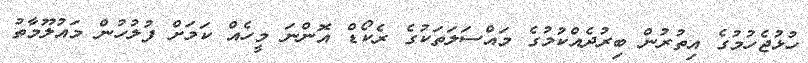
ހުޅުޖެހުމުގެ އިތުރުން ބިރުދެއްކުމުގެ މައްސަލަތަކުގެ ރެކޯޑް އޮންނަ މީހެއް ކަމަށް ފުލުހުން މައުލޫމާތު